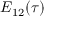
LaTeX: E _ { 1 2 } ( \tau )